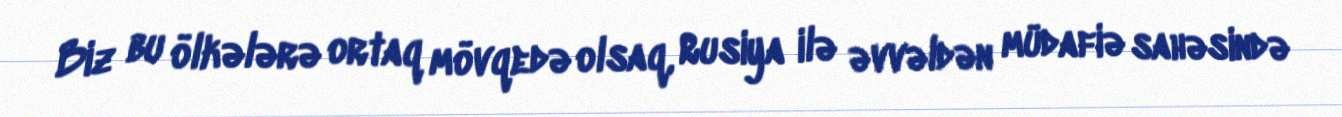
Biz bu ölkələrə ortaq mövqedə olsaq, Rusiya ilə əvvəldən müdafiə sahəsində